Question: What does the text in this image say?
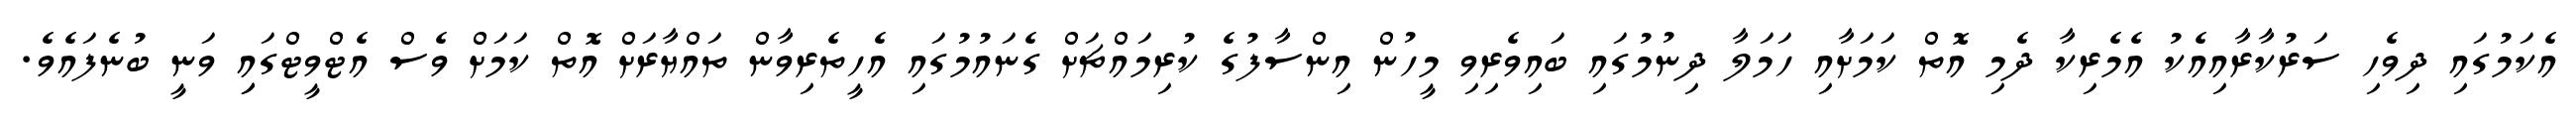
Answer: އެކަމުގައި ދިވެހި ސަރުކާރާއިއެކު އެމެރިކާ ދެމި އޮތް ކަމަށާއި ހަމަލާ ދިނުމުގައި ބައިވެރިވި މީހުން އިންސާފުގެ ކުރިމައްޗަށް ގެނައުމުގައި އެހީތެރިވާން ތައްޔާރަށް އޮތް ކަމަށް ވެސް އެޓްވީޓްގައިި ވަނީ ބުނެފައެވެ.